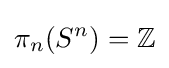
\pi _{n}(S^{n})=\mathbb {Z}